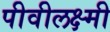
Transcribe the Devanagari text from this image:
पीवीलक्ष्मी